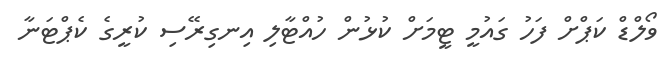
ވޯލްޑް ކަޕްށް ފަހު ގައުމީ ޓީމަށް ކުޅުން ހުއްޓާލި އިނގިރޭސި ކުރީގެ ކެޕްޓަނާ